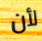
لأن